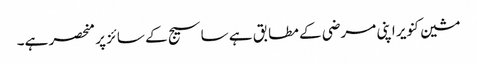
مشین کنویر اپنی مرضی کے مطابق ہے ساسیج کے سائز پر منحصر ہے۔